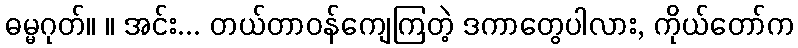
ဓမ္မဂုတ်။ ။ အင်း... တယ်တာဝန်ကျေကြတဲ့ ဒကာတွေပါလား, ကိုယ်တော်က